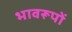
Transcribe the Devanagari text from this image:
भावरूपों